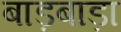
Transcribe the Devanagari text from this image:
बाड़बाड़ा